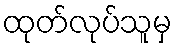
ထုတ်လုပ်သူမှ